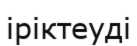
іріктеуді